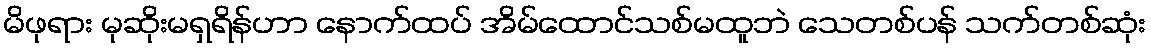
မိဖုရား မုဆိုးမရှရိန်ဟာ နောက်ထပ် အိမ်ထောင်သစ်မထူဘဲ သေတစ်ပန် သက်တစ်ဆုံး